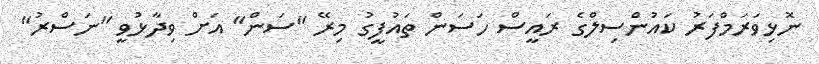
ނޮޅިވަރަމްފަރު ކައުންސިލްގެ ރައީސް ހަސަން ތައުފީގު މިރޭ "ސަން" އަށް ވިދާޅުވީ "ނަސްރު"